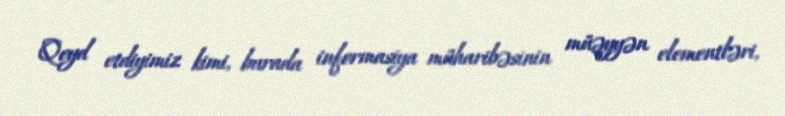
Qeyd etdiyimiz kimi, burada informasiya müharibəsinin müəyyən elementləri,